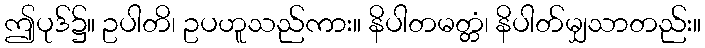
ဤပုဒ်၌။ ဥပါတိ၊ ဥပဟူသည်ကား။ နိပါတမတ္တံ၊ နိပါတ်မျှသာတည်း။